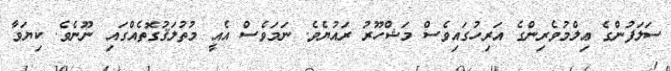
ސަލަފުންގެ ޢިލްމުވެރިންގެ އަރިހުގައިވެސް މަޝްހޫރު ރައުޔެވެ. ނަމަވެސް އެއީ މުތުލަޤުގޮތެއްގައި ނޫނެވެ. ކިޔަވާ